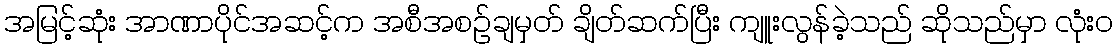
အမြင့်ဆုံး အာဏာပိုင်အဆင့်က အစီအစဉ်ချမှတ် ချိတ်ဆက်ပြီး ကျူးလွန်ခဲ့သည် ဆိုသည်မှာ လုံးဝ